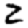
Digit: 2